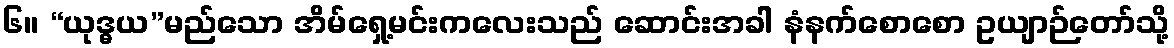
၆။ “ယုဒ္ဓယ”မည်သော အိမ်ရှေ့မင်းကလေးသည် ဆောင်းအခါ နံနက်စောစော ဥယျာဉ်တော်သို့